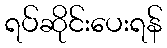
ရပ်ဆိုင်းပေးရန်